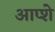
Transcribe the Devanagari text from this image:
आप्शे